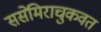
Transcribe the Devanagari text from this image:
ससेमिराचुकवत